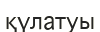
қүлатуы